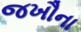
જખૌના